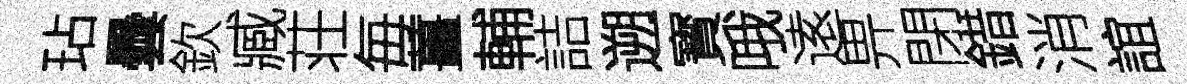
玷曇欽臧荘毎薑輔詰遡寳哦逺畀閉錯消誼